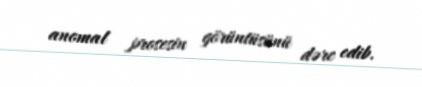
anomal prosesin görüntüsünü dərc edib.